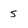
Character: s